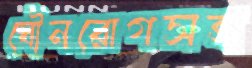
যৌনরোগসহ